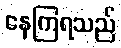
နေကြရသည်